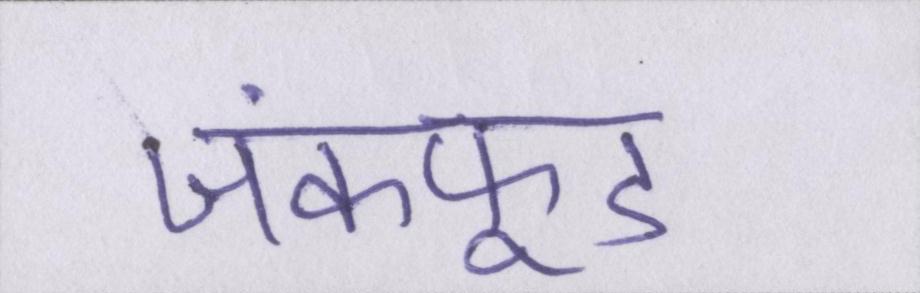
जंकफूड